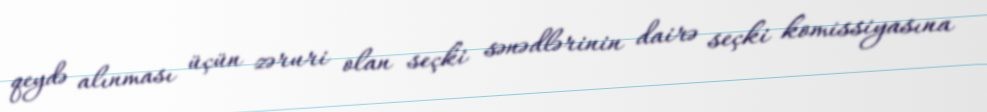
qeydə alınması üçün zəruri olan seçki sənədlərinin dairə seçki komissiyasına